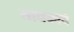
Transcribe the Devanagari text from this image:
साधकाचे